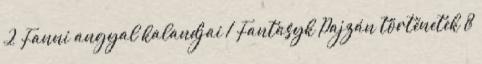
2 Fanni angyal kalandjai 1 Fantasyk Pajzán történetek 8